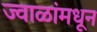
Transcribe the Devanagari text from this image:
ज्वाळांमधून